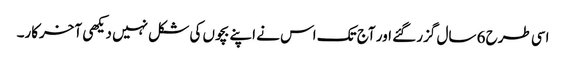
اسی طرح 6 سال گزر گئے اور آج تک اس نے اپنے بچوں کی شکل نہیں دیکھی آخرکار۔